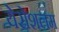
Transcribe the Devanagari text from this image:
येरोशलम